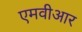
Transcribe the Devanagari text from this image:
एमवीआर